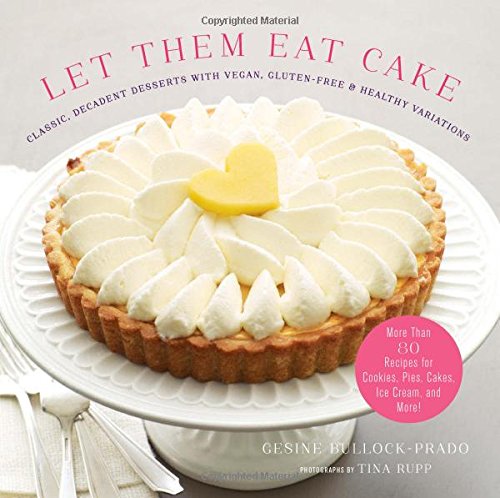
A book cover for Let Them Eat Cake: Classic, Decadent Desserts with Vegan, Gluten-Free & Healthy Variations: More Than 80 Recipes for Cookies, Pies, Cakes, Ice Cream, and More!; Gesine Bullock-Prado; Cookbooks, Food & Wine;